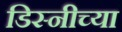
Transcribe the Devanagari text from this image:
डिस्नीच्या